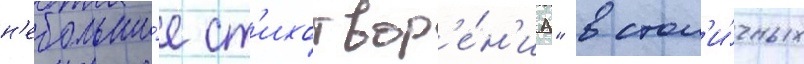
н'ебольши́е ст'ихотвор'е́н'иа" в стол'и́чных